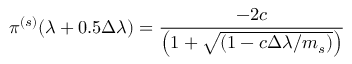
\pi ^ { ( s ) } ( \lambda + 0 . 5 \Delta \lambda ) = \frac { - 2 c } { \left( 1 + \sqrt { ( 1 - c \Delta \lambda / m _ { s } ) } \right) }